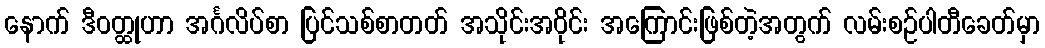
နောက် ဒီဝတ္ထုဟာ အင်္ဂလိပ်စာ ပြင်သစ်စာတတ် အသိုင်းအဝိုင်း အကြောင်းဖြစ်တဲ့အတွက် လမ်းစဉ်ပါတီခေတ်မှာ